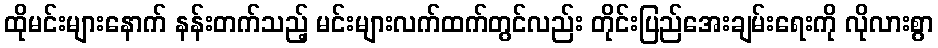
ထိုမင်းများနောက် နန်းတက်သည့် မင်းများလက်ထက်တွင်လည်း တိုင်းပြည်အေးချမ်းရေးကို လိုလားစွာ